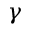
\gamma